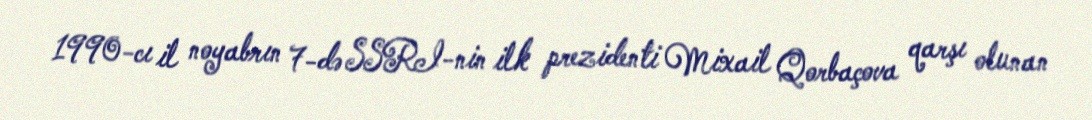
1990-cı il noyabrın 7-də SSRI-nin ilk prezidenti Mixail Qorbaçova qarşı olunan